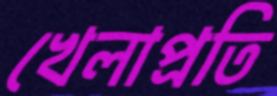
খেলাপ্রতি